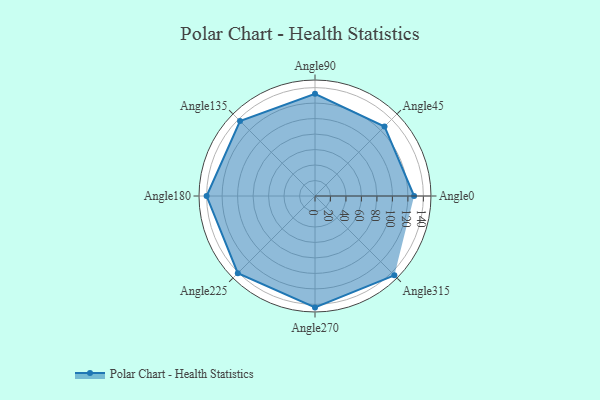
{"axis": {"x": "Angle", "y": "Radius"}, "legend": [""], "data": [{"x": "Angle0", "y": 128.0, "type": ""}, {"x": "Angle45", "y": 127.0, "type": ""}, {"x": "Angle90", "y": 132.0, "type": ""}, {"x": "Angle135", "y": 137.0, "type": ""}, {"x": "Angle180", "y": 140.0, "type": ""}, {"x": "Angle225", "y": 141.0, "type": ""}, {"x": "Angle270", "y": 144.0, "type": ""}, {"x": "Angle315", "y": 145.0, "type": ""}]}